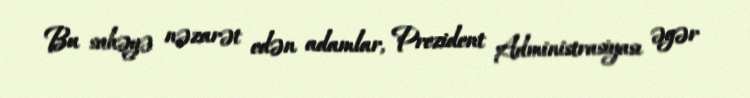
Bu sahəyə nəzarət edən adamlar, Prezident Administrasiyası əgər